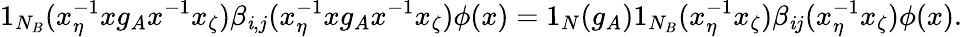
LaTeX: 1_{N_{B}}(x_{\eta}^{-1}xg_{A}x^{-1}x_{\zeta})\beta_{\mathit{i},j}(x_{\eta}^{-1}xg_{A}x^{-1}x_{\zeta})\phi(x)=1_{N}(g_{A})1_{N_{B}}(x_{\eta}^{-1}x_{\zeta})\beta_{\mathit{i}j}(x_{\eta}^{-1}x_{\zeta})\phi(x).